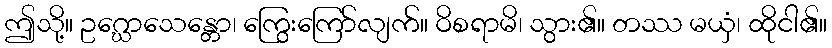
ဤသို့။ ဥဂ္ဃောသေန္တော၊ ကြွေးကြော်လျက်။ ဝိစရာမိ၊ သွား၏။ တဿ မယှံ၊ ထိုငါ၏။